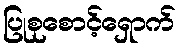
ပြုစုစောင့်ရှောက်